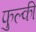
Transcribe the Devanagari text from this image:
फुल्‍की